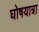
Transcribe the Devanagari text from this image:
घोषयात्रा